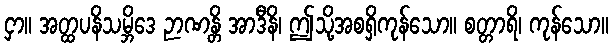
ငှာ။ အတ္ထပနိသမ္ဘိဒေ ဉာဏန္တိ အာဒီနိ၊ ဤသို့အစရှိကုန်သော။ စတ္တာရိ၊ ကုန်သော။